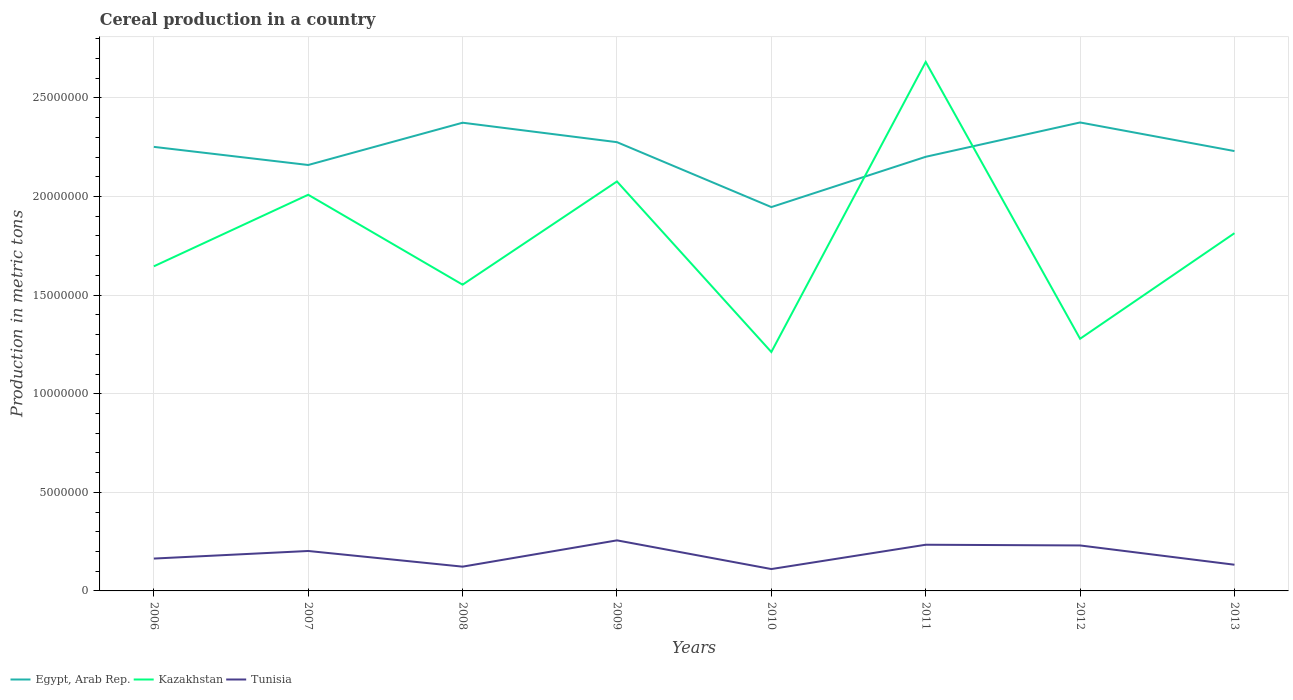
| Years | Egypt, Arab Rep. | Kazakhstan | Tunisia |
 | --- | --- | --- | --- |
 | 2006 | 2.25e+07 | 1.65e+07 | 1.64e+06 |
 | 2007 | 2.16e+07 | 2.01e+07 | 2.03e+06 |
 | 2008 | 2.37e+07 | 1.55e+07 | 1.23e+06 |
 | 2009 | 2.28e+07 | 2.08e+07 | 2.56e+06 |
 | 2010 | 1.95e+07 | 1.21e+07 | 1.11e+06 |
 | 2011 | 2.2e+07 | 2.68e+07 | 2.34e+06 |
 | 2012 | 2.38e+07 | 1.28e+07 | 2.31e+06 |
 | 2013 | 2.23e+07 | 1.81e+07 | 1.33e+06 |